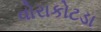
વોરાકોટડા